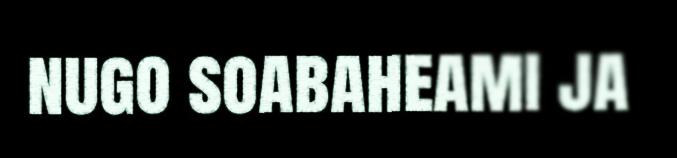
nugo soabaheami ja